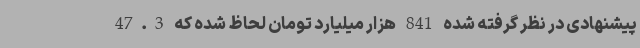
پیشنهادی در نظر گرفته شده 841 هزار میلیارد تومان لحاظ شده که 47.3